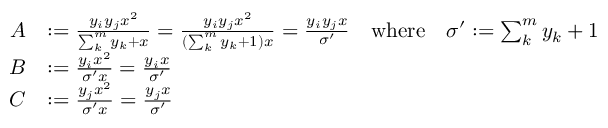
\begin{array} { r l } { A } & { : = \frac { y _ { i } y _ { j } x ^ { 2 } } { \sum _ { k } ^ { m } y _ { k } + x } = \frac { y _ { i } y _ { j } x ^ { 2 } } { ( \sum _ { k } ^ { m } y _ { k } + 1 ) x } = \frac { y _ { i } y _ { j } x } { \sigma ^ { \prime } } ~ ~ \mathrm { ~ w h e r e ~ } ~ ~ \sigma ^ { \prime } : = \sum _ { k } ^ { m } y _ { k } + 1 } \\ { B } & { : = \frac { y _ { i } x ^ { 2 } } { \sigma ^ { \prime } x } = \frac { y _ { i } x } { \sigma ^ { \prime } } } \\ { C } & { : = \frac { y _ { j } x ^ { 2 } } { \sigma ^ { \prime } x } = \frac { y _ { j } x } { \sigma ^ { \prime } } } \end{array}